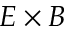
E \times B